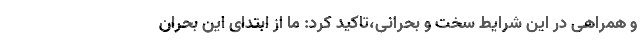
و همراهی در این شرایط سخت و بحرانی،تاکید کرد: ما از ابتدای این بحران